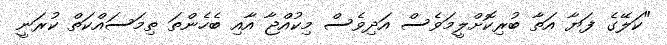
"ކަލޭގެ ފަޔާ އަތާ ބުރިކޮށްލީމަވެސް އަދިވެސް މިކުއްޖާ އާއި ބެހެންތަ ތިމަސައްކަތް ކުރަނީ